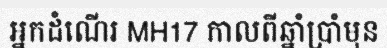
អ្នកដំណើរ MH17 កាលពីឆ្នាំប្រាំមុន